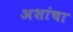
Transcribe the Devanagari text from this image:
अशांचा